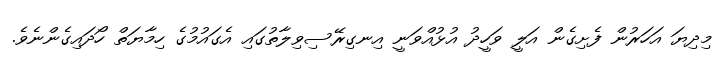
މިދިޔަ އަހަރުން ފެށިގެން އަލީ ވަހީދު އުޅުއްވަނީ އިނގިރޭސިވިލާތުގައި އެގައުމުގެ ހިމާޔަތް ހޯދައިގެންނެވެ.